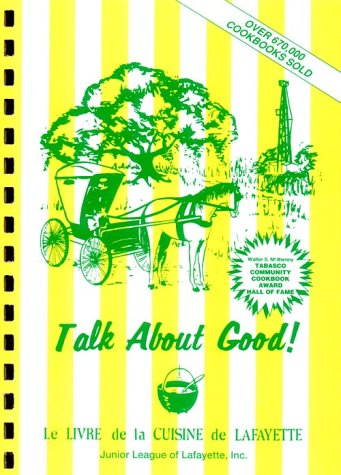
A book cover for Talk About Good Cookbook; Louisiana Lafayette Junior League; Cookbooks, Food & Wine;